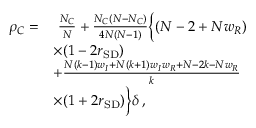
\begin{array} { r l } { \rho _ { C } = } & { ~ \frac { N _ { C } } { N } + \frac { N _ { C } ( N - N _ { C } ) } { 4 N ( N - 1 ) } \bigg \{ ( N - 2 + N w _ { R } ) } \\ & { \times ( 1 - 2 r _ { \mathrm { S D } } ) } \\ & { + \frac { N ( k - 1 ) w _ { I } + N ( k + 1 ) w _ { I } w _ { R } + N - 2 k - N w _ { R } } { k } } \\ & { \times ( 1 + 2 r _ { \mathrm { S D } } ) \bigg \} \delta \, , } \end{array}